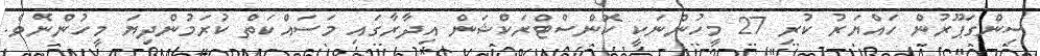
ސިންގަޕޫރުން ހައްޔަރު ކުރި 27 މީހުންނަކީ ކޮންސްޓްރަކްޝަން އިދާރާގައި މަސައްކަތް ކުރަމުންދިޔަ މީހުންނެވެ.